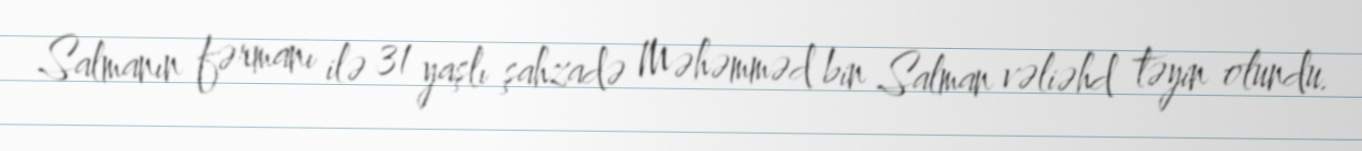
Salmanın fərmanı ilə 31 yaşlı şahzadə Məhəmməd bin Salman vəliəhd təyin olundu.